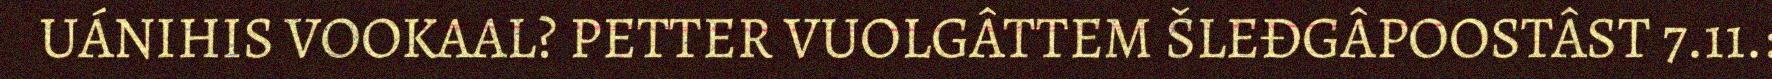
UÁNIHIS VOOKAAL? PETTER VUOLGÂTTEM ŠLEĐGÂPOOSTÂST 7.11.: